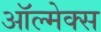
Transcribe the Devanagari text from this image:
ऑल्मेक्स